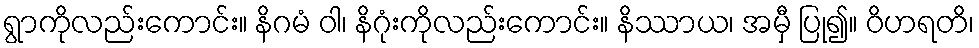
ရွာကိုလည်းကောင်း။ နိဂမံ ဝါ၊ နိဂုံးကိုလည်းကောင်း။ နိဿာယ၊ အမှီ ပြု၍။ ဝိဟရတိ၊